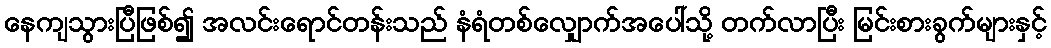
နေကျသွားပြီဖြစ်၍ အလင်းရောင်တန်းသည် နံရံတစ်လျှောက်အပေါ်သို့ တက်လာပြီး မြင်းစားခွက်များနှင့်